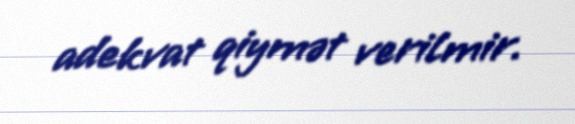
adekvat qiymət verilmir.